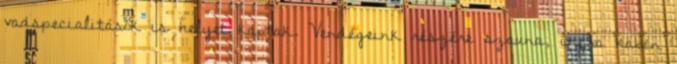
vadspecialitások is helyet kaptak. Vendégeink részére szauna, infra kabin